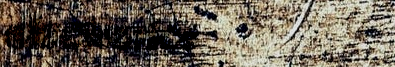
electronics